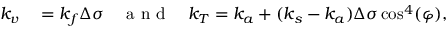
\begin{array} { r l } { k _ { v } } & { { } = k _ { f } \Delta \sigma \quad \mathrm { ~ a ~ n ~ d ~ } \quad k _ { T } = k _ { a } + ( k _ { s } - k _ { a } ) \Delta \sigma \cos ^ { 4 } ( \varphi ) , } \end{array}